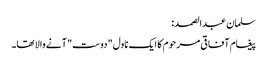
سلمان عبدالصمد:
پیغام آفاقی مرحوم کا ایک ناول "دوست" آنے والا تھا۔